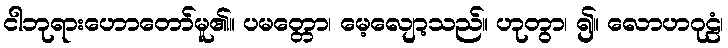
ငါဘုရားဟောတော်မူ၏။ ပမတ္တော၊ မေ့လျော့သည်။ ဟုတွာ၊ ၍။ လောဟဂုဠံ၊